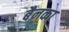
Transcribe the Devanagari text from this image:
बैनका